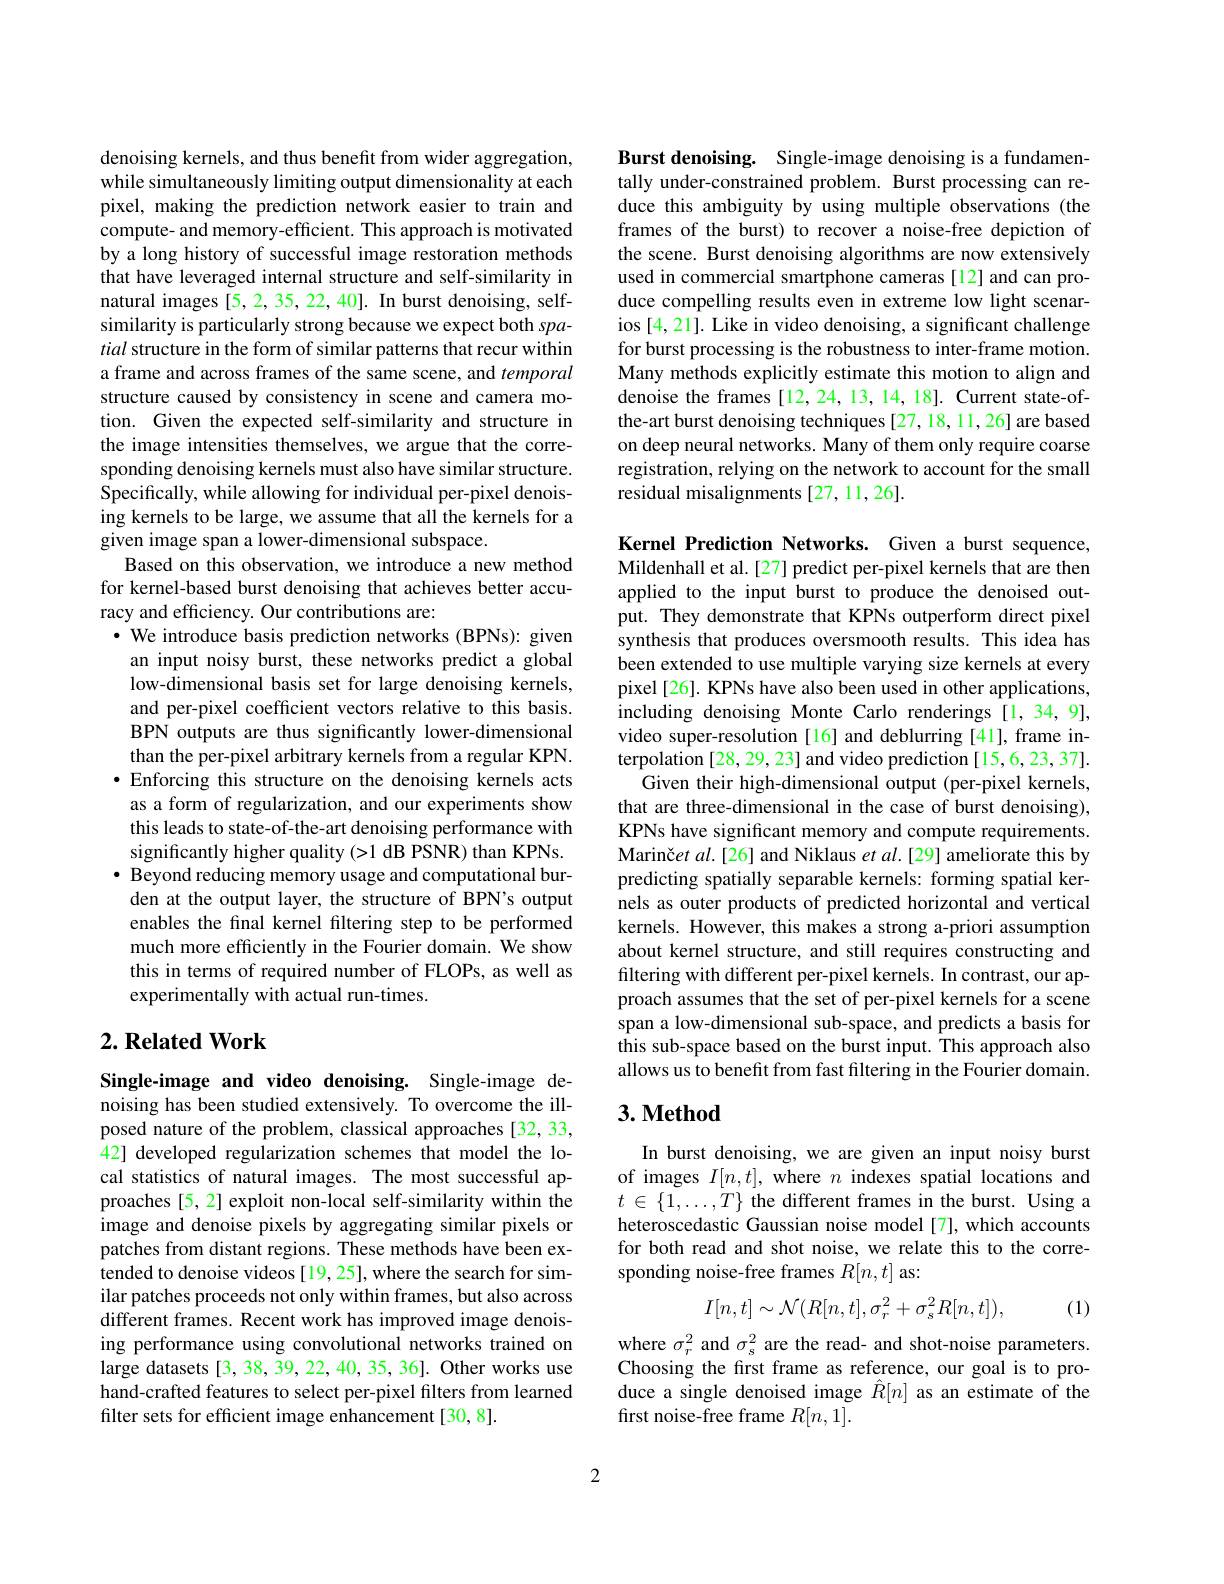
denoising kernels, and thus benefit from wider aggregation, while simultaneously limiting output dimensionality at each pixel, making the prediction network easier to train and compute- and memory-efficient. This approach is motivated by a long history of successful image restoration methods that have leveraged internal structure and self-similarity in natural images [5,2,35,22,40]. In burst denoising, selfsimilarity is particularly strong because we expect both spatial structure in the form of similar patterns that recur within a frame and across frames of the same scene, and temporal structure caused by consistency in scene and camera motion. Given the expected self-similarity and structure in the image intensities themselves, we argue that the corresponding denoising kernels must also have similar structure. Specifically, while allowing for individual per-pixel denoising kernels to be large, we assume that all the kernels for a given image span a lower-dimensional subspace.
Based on this observation, we introduce a new method for kernel-based burst denoising that achieves better accuracy and efficiency. Our contributions are:
$\cdot$ We introduce basis prediction networks (BPNs): given an input noisy burst, these networks predict a global low-dimensional basis set for large denoising kernels, and per-pixel coefficient vectors relative to this basis. BPN outputs are thus significantly lower-dimensional than the per-pixel arbitrary kernels from a regular KPN. $\bullet$ Enforcing this structure on the denoising kernels acts as a form of regularization, and our experiments show this leads to state-of-the-art denoising performance with significantly higher quality (>1 dB PSNR) than KPNs. $\bullet$ Beyond reducing memory usage and computational burden at the output layer, the structure of BPN's output enables the final kernel filtering step to be performed much more efficiently in the Fourier domain. We show this in terms of required number of FLOPs, as well as experimentally with actual run-times.
$2. \textbf{Related Work}$

Single-image and video denoising. Single-image denoising has been studied extensively. To overcome the illposed nature of the problem, classical approaches [32,33, 42] developed regularization schemes that model the local statistics of natural images. The most successful approaches [5, 2] exploit non-local self-similarity within the image and denoise pixels by aggregating similar pixels or patches from distant regions. These methods have been extended to denoise videos [19, 25], where the search for similar patches proceeds not only within frames, but also across different frames. Recent work has improved image denoising performance using convolutional networks trained on large datasets [3, 38, 39, 22, 40, 35, 36]. Other works use hand-crafted features to select per-pixel filters from learned filter sets for efficient image enhancement[30,8].

Burst denoising. Single-image denoising is a fundamentally under-constrained problem. Burst processing can reduce this ambiguity by using multiple observations (the frames of the burst) to recover a noise-free depiction of the scene. Burst denoising algorithms are now extensively used in commercial smartphone cameras [12] and can produce compelling results even in extreme low light scenarios [4,21]. Like in video denoising, a significant challenge for burst processing is the robustness to inter-frame motion. Many methods explicitly estimate this motion to align and denoise the frames [12,24,13,14,18]. Current state-ofthe-art burst denoising techniques [27,18,11,26] are based on deep neural networks. Many of them only require coarse registration, relying on the network to account for the small residual misalignments [27,11,26].

Kernel Prediction Networks. Given a burst sequence, Mildenhall et al.[27] predict per-pixel kernels that are then applied to the input burst to produce the denoised output. They demonstrate that KPNs outperform direct pixel synthesis that produces oversmooth results. This idea has been extended to use multiple varying size kernels at every pixel[26]. KPNs have also been used in other applications, including denoising Monte Carlo renderings [1,34,9], video super-resolution [16] and deblurring [41], frame interpolation [28, 29, 23] and video prediction [15,6, 23, 37].
Given their high-dimensional output (per-pixel kernels, that are three-dimensional in the case of burst denoising), KPNs have significant memory and compute requirements. Marinčet $al.[26]$ and Niklaus $etal.[29]$ ameliorate this by predicting spatially separable kernels: forming spatial kernels as outer products of predicted horizontal and vertical kernels. However, this makes a strong a-priori assumption about kernel structure, and still requires constructing and filtering with different per-pixel kernels. In contrast, our approach assumes that the set of per-pixel kernels for a scene span a low-dimensional sub-space, and predicts a basis for this sub-space based on the burst input. This approach also allows us to benefit from fast filtering in the Fourier domain.

## $3. \textbf{Method}$

In burst denoising, we are given an input noisy burst of images $I[n,t]$, where $n$ indexes spatial locations and $t\in\{1,\ldots,T\}$ the different frames in the burst. Using a heteroscedastic Gaussian noise model[7], which accounts for both read and shot noise, we relate this to the corresponding noise-free frames $R[n,t]$ as:
$$I[n,t]\sim\mathcal{N}(R[n,t],\sigma_{r}^{2}+\sigma_{s}^{2}R[n,t]),$$
(1)

where $\sigma_r^2$ and $\sigma_s^2$ are the read- and shot-noise parameters. Choosing the first frame as reference, our goal is to produce a single denoised image $\hat{R}[n]$ as an estimate of the first noise-free frame $R[n,1].$

2